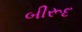
બીરૂદ